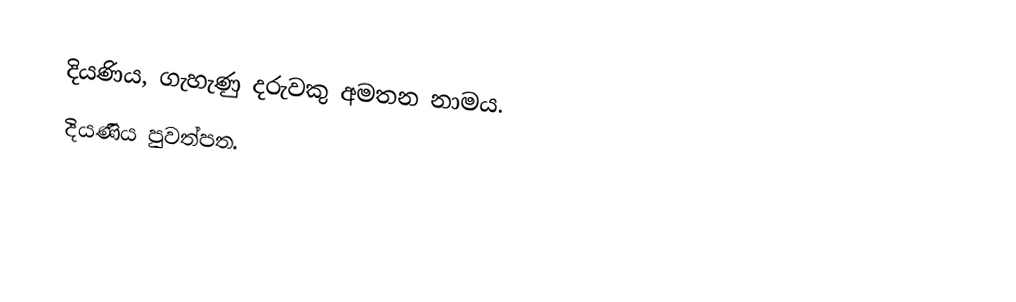
දියණිය, ගැහැණු දරුවකු අමතන නාමය.
 දියණිය පුවත්පත.